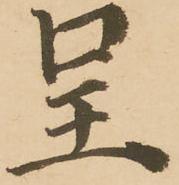
呈